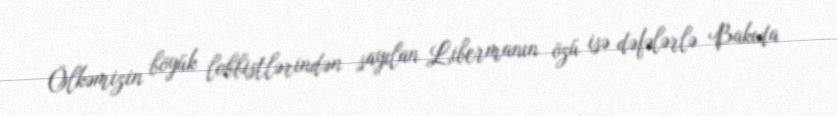
Ölkəmizin böyük lobbistlərindən sayılan Libermanın özü isə dəfələrlə Bakıda